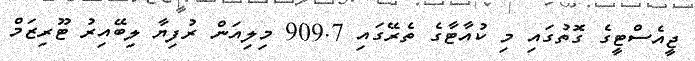
ޖީއެސްޓީގެ ގޮތުގައި މި ކުއާޓާގެ ތެރޭގައި 909.7 މިލިއަން ރުފިޔާ ލިބޭއިރު ޓޫރިޒަމް